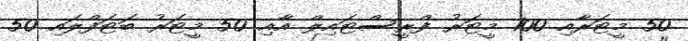
50 މީޓަރާއި 100 މީޓަރު ފްރީސްޓައިލް އާއި 50 މީޓަރު ބަޓަފްލައި 50